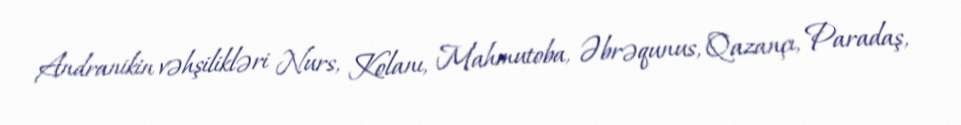
Andranikin vəhşilikləri Nurs, Kolanı, Mahmutoba, Əbrəqunus, Qazançı, Paradaş,